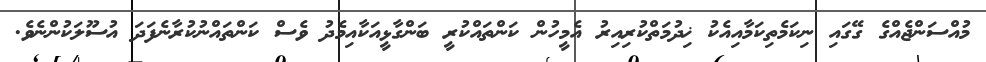
މުއްސަންޖެއްގެ ގޭގައި ނިކަމެތިކަމާއިއެކު ޚިދުމަތްކުރިއިރު އެމީހުން ކަންތައްކުރީ ބަންގާޅީއަކާއިމެދު ވެސް ކަންތައްނުކުރާނެފަދަ އުސޫލަކުންނެވެ.